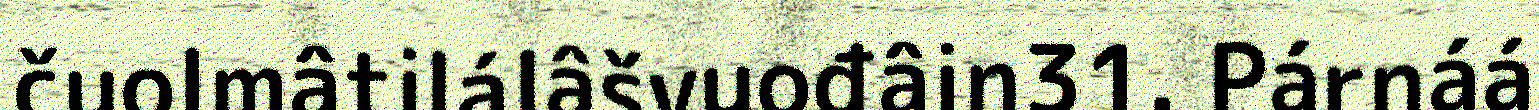
čuolmâtilálâšvuođâin31. Párnáá